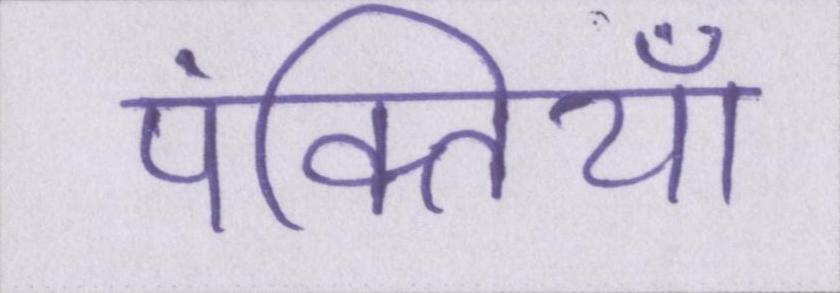
पंक्तियाँ